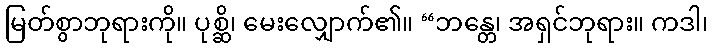
မြတ်စွာဘုရားကို။ ပုစ္ဆိ၊ မေးလျှောက်၏။ “ဘန္တေ၊ အရှင်ဘုရား။ ကဒါ၊